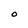
Character: O